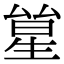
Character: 𠬋